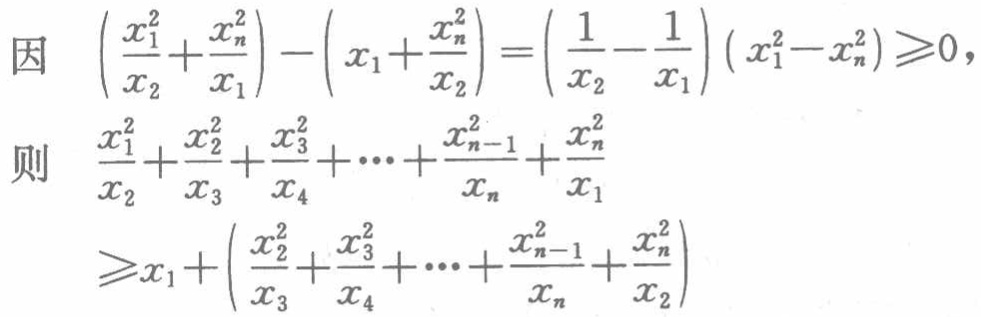
因 \(\left(\frac{x_{1}^{2}}{x_{2}}+\frac{x_{n}^{2}}{x_{1}}\right)-\left(x_{1}+\frac{x_{n}^{2}}{x_{2}}\right)=\left(\frac{1}{x_{2}}-\frac{1}{x_{1}}\right)\left(x_{1}^{2}-x_{n}^{2}\right)\geqslant0\)，

则 \(\frac{x_{1}^{2}}{x_{2}}+\frac{x_{2}^{2}}{x_{3}}+\frac{x_{3}^{2}}{x_{4}}+\cdots+\frac{x_{n - 1}^{2}}{x_{n}}+\frac{x_{n}^{2}}{x_{1}}\)

\(\geqslant x_{1}+\left(\frac{x_{2}^{2}}{x_{3}}+\frac{x_{3}^{2}}{x_{4}}+\cdots+\frac{x_{n - 1}^{2}}{x_{n}}+\frac{x_{n}^{2}}{x_{2}}\right)\)